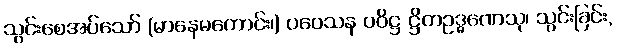
သွင်းစေအပ်သော် (မာနေမကောင်း၊) ပဝေသန ပဝိဋ္ဌ ဋ္ဌိတဥဒ္ဓဏေသု၊ သွင်းခြင်း,